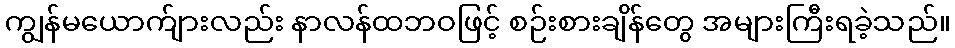
ကျွန်မယောက်ျားလည်း နာလန်ထဘဝဖြင့် စဉ်းစားချိန်တွေ အများကြီးရခဲ့သည်။